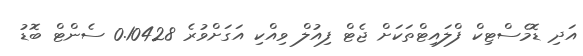
އަދި ޑޮމެސްޓިކް ފްލައިޓްތަކަށް ޖެޓް ފިއުލް ވިއްކި އަގަށްވުރެ 0.10428 ސެންޓް ބޮޑު